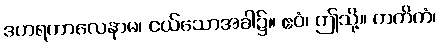
ဒဟရကာလေနာမ၊ ငယ်သောအခါ၌။ ဧဝံ၊ ဤသို့။ ကတိကံ၊